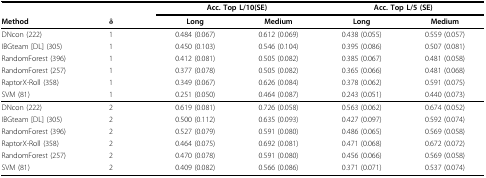
<table><thead><tr><td></td><td></td><td colspan="2"><b>Acc. Top L/10(SE)</b></td><td colspan="2"><b>Acc. Top L/5 (SE)</b></td></tr><tr><td><b>Method</b></td><td><b>δ</b></td><td><b>Long</b></td><td><b>Medium</b></td><td><b>Long</b></td><td><b>Medium</b></td></tr></thead><tbody><tr><td>DNcon (222)</td><td>1</td><td>0.484 (0.067)</td><td>0.612 (0.069)</td><td>0.438 (0.055)</td><td>0.559 (0.057)</td></tr><tr><td>IBGteam [DL] (305)</td><td>1</td><td>0.450 (0.103)</td><td>0.546 (0.104)</td><td>0.395 (0.086)</td><td>0.507 (0.081)</td></tr><tr><td>RandomForest (396)</td><td>1</td><td>0.412 (0.081)</td><td>0.505 (0.082)</td><td>0.385 (0.067)</td><td>0.481 (0.058)</td></tr><tr><td>RandomForest (257)</td><td>1</td><td>0.377 (0.078)</td><td>0.505 (0.082)</td><td>0.365 (0.066)</td><td>0.481 (0.068)</td></tr><tr><td>RaptorX-Roll (358)</td><td>1</td><td>0.349 (0.067)</td><td>0.626 (0.084)</td><td>0.378 (0.062)</td><td>0.591 (0.075)</td></tr><tr><td>SVM (81)</td><td>1</td><td>0.251 (0.050)</td><td>0.464 (0.087)</td><td>0.243 (0.051)</td><td>0.440 (0.073)</td></tr><tr><td>DNcon (222)</td><td>2</td><td>0.619 (0.081)</td><td>0.726 (0.058)</td><td>0.563 (0.062)</td><td>0.674 (0.052)</td></tr><tr><td>IBGteam [DL] (305)</td><td>2</td><td>0.500 (0.112)</td><td>0.635 (0.093)</td><td>0.427 (0.097)</td><td>0.592 (0.074)</td></tr><tr><td>RandomForest (396)</td><td>2</td><td>0.527 (0.079)</td><td>0.591 (0.080)</td><td>0.486 (0.065)</td><td>0.569 (0.058)</td></tr><tr><td>RaptorX-Roll (358)</td><td>2</td><td>0.464 (0.075)</td><td>0.692 (0.081)</td><td>0.471 (0.068)</td><td>0.672 (0.072)</td></tr><tr><td>RandomForest (257)</td><td>2</td><td>0.470 (0.078)</td><td>0.591 (0.080)</td><td>0.456 (0.066)</td><td>0.569 (0.058)</td></tr><tr><td>SVM (81)</td><td>2</td><td>0.409 (0.082)</td><td>0.566 (0.086)</td><td>0.371 (0.071)</td><td>0.537 (0.074)</td></tr></tbody></table>